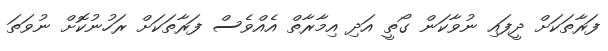
ފަރާތަކަށް ދީފައި ނުވާކަން ގޯތީ އަދި އިމާރާތް އެއްވެސް ފަރާތަކަށް ރަހުނުކޮށް ނުވަތަ